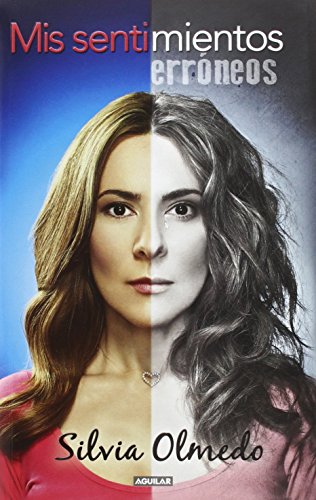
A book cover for Mis sentimientos errÃ³neos (Spanish Edition); Silvia Olmedo; Health, Fitness & Dieting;